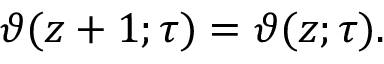
\vartheta ( z + 1 ; \tau ) = \vartheta ( z ; \tau ) .